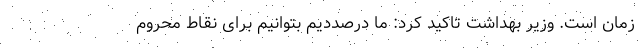
زمان است. وزیر بهداشت تاکید کرد: ما درصددیم بتوانیم برای نقاط محروم